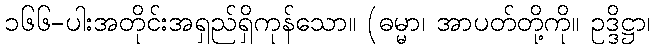
၁၆၆-ပါးအတိုင်းအရှည်ရှိကုန်သော။ (ဓမ္မာ၊ အာပတ်တို့ကို။ ဥဒ္ဒိဋ္ဌာ၊